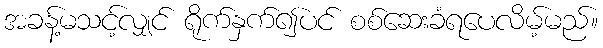
အခန့်မသင့်လျှင် ရိုက်နှက်၍ပင် စစ်ဆေးခံရပေလိမ့်မည်။